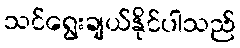
သင်ရွေးချယ်နိုင်ပါသည်